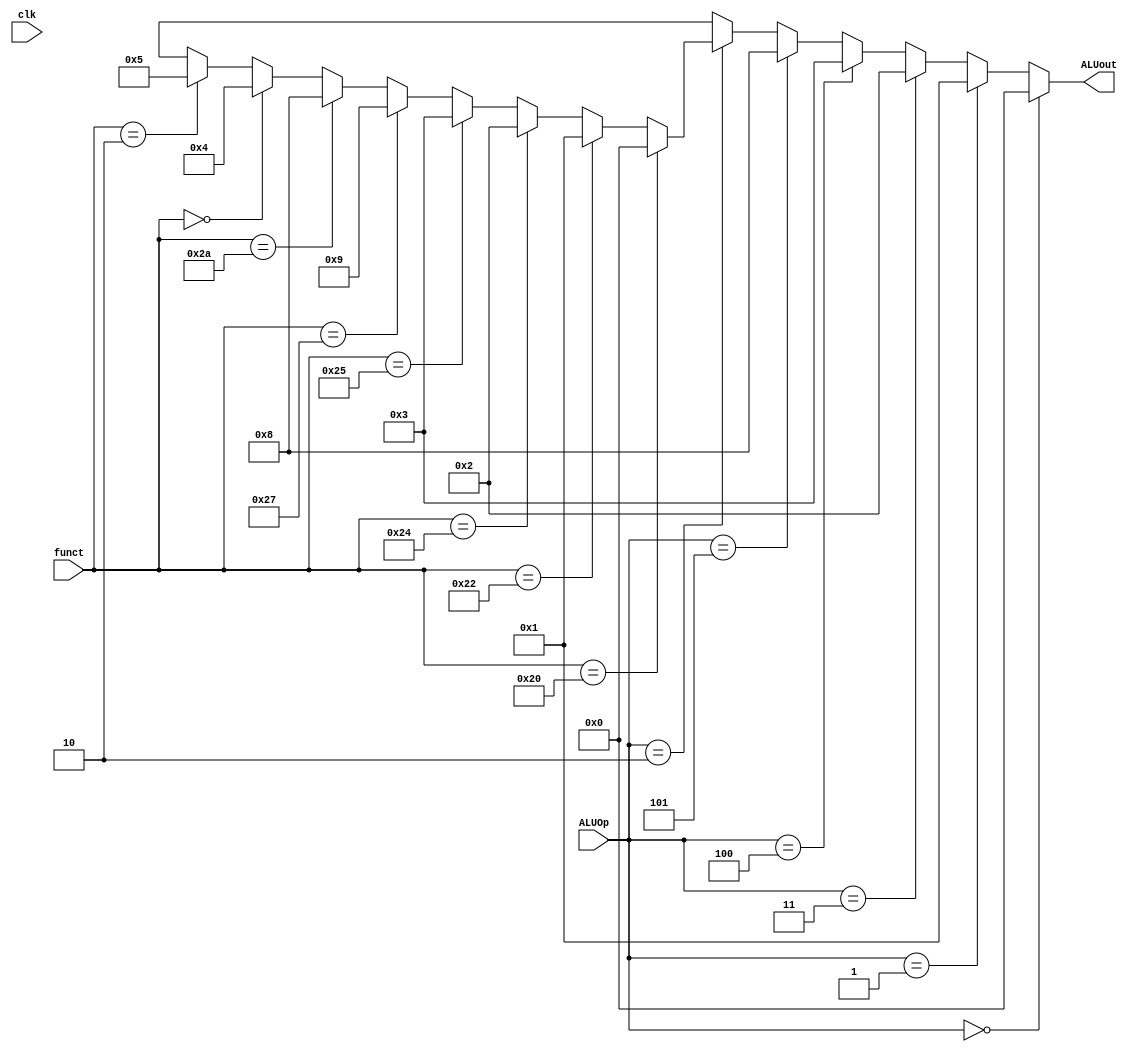
module ALUControl (ALUout, ALUOp, clk, funct);

/* This module is used for generating control signals to the ALU to perform various operations such as add, subtract, and etc. Generation of the control signals
   is in accordance with the truth table provided in TB */   

input clk;
input [3:0] ALUOp;
input [5:0] funct;
output [3:0] ALUout;

assign ALUout = 	(ALUOp == 4'b0000) ? 4'b0000:
			(ALUOp == 4'b0001) ? 4'b0001:
			(ALUOp == 4'b0011) ? 4'b0010:
			(ALUOp == 4'b0100) ? 4'b0011:
			(ALUOp == 4'b0101) ? 4'b1000:
			(ALUOp == 4'b0010) ? 
				((funct == 6'b100000) ? 4'b0000:
				 (funct == 6'b100010) ? 4'b0001:
				 (funct == 6'b100100) ? 4'b0010:
				 (funct == 6'b100101) ? 4'b0011:
				 (funct == 6'b100111) ? 4'b1001:
				 (funct == 6'b101010) ? 4'b1000:
				 (funct == 6'b000000) ? 4'b0100:
				 (funct == 6'b000010) ? 4'b0101 : 4'bxxxx): 4'bxxxx;

endmodule